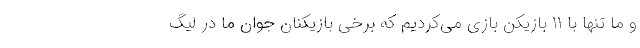
و ما تنها با ۱۱ بازیکن بازی می‌کردیم که برخی بازیکنان جوان ما در لیگ